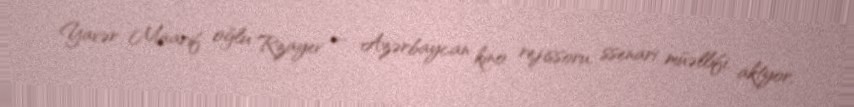
Yavər Maarif oğlu Rzayev — Azərbaycan kino rejissoru, ssenari müəllifi, aktyor,